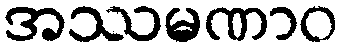
အဿမဏာဝ